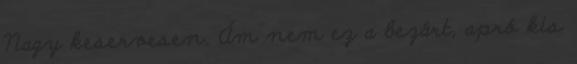
Nagy keservesen. Ám nem ez a bezárt, apró kis